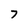
Character: 7